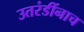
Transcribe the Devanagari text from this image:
उतरंडींनाच